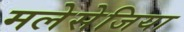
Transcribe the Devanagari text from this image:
मलेसेजिया